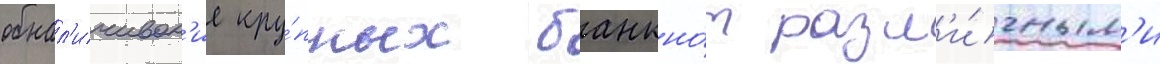
обнал'ичиван'ие кру́пных банкно́т разл'и́чным'и